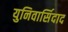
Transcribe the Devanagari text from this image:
युनिवार्सिदाद